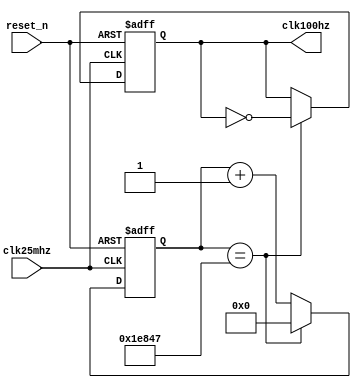
//-----------------------------------------------------------------------------
// The confidential and proprietary information contained in this file may
// only be used by a person authorised under and to the extent permitted
// by a subsisting licensing agreement from ARM Limited or its affiliates.
//
//        (C) COPYRIGHT 2013 ARM Limited or its affiliates.
//            ALL RIGHTS RESERVED
//
// This entire notice must be reproduced on all copies of this file
// and copies of this file may only be made by a person if such person is
// permitted to do so under the terms of a subsisting license agreement
// from ARM Limited or its affiliates.
//
// -----------------------------------------------------------------------------
//
//      SVN Information
//
//      Checked In          : $Date: 2013-04-05 11:54:17 +0100 (Fri, 05 Apr 2013) $
//
//      Revision            : $Revision: 242973 $
//
//      Release Information : CM3DesignStart-r0p0-01rel0
//
//-----------------------------------------------------------------------------
//-----------------------------------------------------------------------------
// Abstract : Generate 100Hz clock from 25MHz for V2M-MPS2
//-----------------------------------------------------------------------------
// This can be used for typical benchmarking or timing reference

module fpga_100hz_gen (
  input  wire  clk25mhz,
  input  wire  reset_n,
  output wire  clk100hz
  );

  reg [17:0]  reg_cntr;

  reg         reg_clk100hz;

  // Counter overflow at 200Hz
  always @(posedge clk25mhz or negedge reset_n)
  begin
    if (~reset_n)
      reg_cntr <= {18{1'b0}};
    else
      if (reg_cntr[16:0]==17'h1E847) //top bit of reg_cntr discarded due to this check
        reg_cntr <= {18{1'b0}};
      else
        reg_cntr <= reg_cntr[16:0] + 17'h00001;
  end

  // Toggle at 200Hz -> 100Hz clock
  always @(posedge clk25mhz or negedge reset_n)
  begin
    if (~reset_n)
      reg_clk100hz <= 1'b0;
    else
      if (reg_cntr[16:0]==17'h1E847)
        reg_clk100hz <= ~reg_clk100hz;
  end

  assign clk100hz = reg_clk100hz;

endmodule